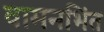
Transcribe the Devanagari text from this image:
वामनभिंत